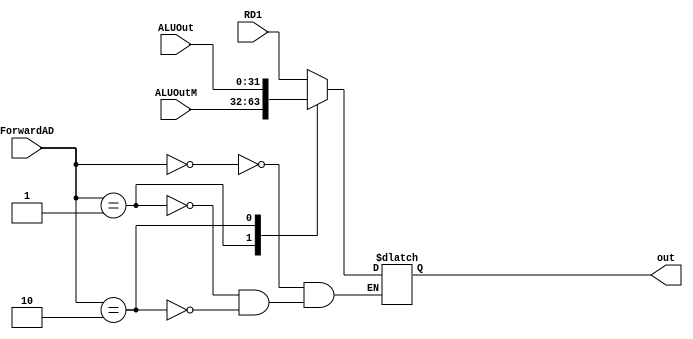
`timescale 1ns / 1ps
//////////////////////////////////////////////////////////////////////////////////
// Company: 
// Engineer: 
// 
// Design Name: 
// Module Name:    mux_ForwardAD 
// Project Name: 
// Target Devices: 
// Tool versions: 
// Description: 
//
// Dependencies: 
//
// Revision: 
// Revision 0.01 - File Created
// Additional Comments: 
//
//////////////////////////////////////////////////////////////////////////////////
module mux_ForwardAD(
	input wire [31:0]RD1,
	input wire [31:0]ALUOutM,
	input wire [31:0]ALUOut,
	input wire [1:0]ForwardAD,
	output reg [31:0] out
    );

always @(*)
begin
		case(ForwardAD)
			2'b00:								
			begin
				out <= RD1;
			end
			2'b01:								
			begin
				out <= ALUOutM;
			end
			2'b10:								
			begin
				out <= ALUOut;
			end
		endcase
end
endmodule